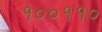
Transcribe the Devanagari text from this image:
१००११०